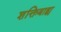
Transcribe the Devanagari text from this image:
शक्तिबाह्य